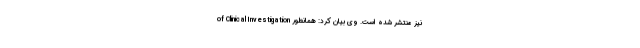
of Clinical Investigation نیز منتشر شده است. وی بیان کرد: همانطور